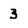
Character: 3